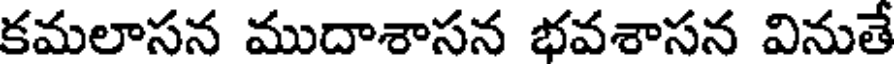
కమలాసన ముదాశాసన భవశాసన వినుతే